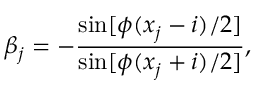
\beta _ { j } = - \frac { \sin [ \phi ( x _ { j } - i ) / 2 ] } { \sin [ \phi ( x _ { j } + i ) / 2 ] } ,